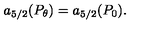
a _ { 5 / 2 } ( P _ { \theta } ) = a _ { 5 / 2 } ( P _ { 0 } ) .